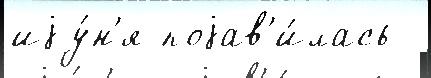
иjу́н'я поjав'и́лась